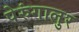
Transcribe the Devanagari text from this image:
पेरुंगालुर